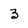
Character: 3